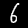
Label: 6